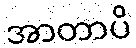
အာတာပိ